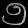
Digit: ၅